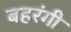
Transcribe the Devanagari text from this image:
बहरंगी